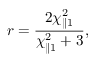
r = \frac { 2 \chi _ { \parallel 1 } ^ { 2 } } { \chi _ { \parallel 1 } ^ { 2 } + 3 } ,